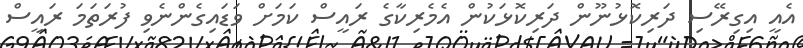
އެއީ އިގިރޭސި ދަރިކޮޅުނޫން ދަރިކޮޅަކުން އެމެރިކާގެ ރައީސް ކަމަށް ވަޑައިގެންނެވި ފުރަތަމަ ރައީސް